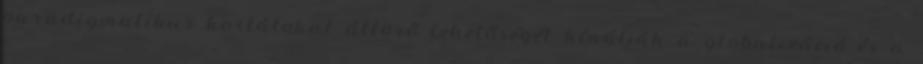
paradigmatikus korlátokat áttörő lehetőségét kínálják a globalizáció és a